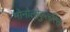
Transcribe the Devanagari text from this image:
मोनोलोकुलरिस